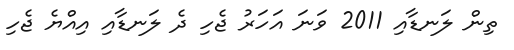
ތިން ލަނޑާއި 2011 ވަނަ އަހަރު ޖެހި ދެ ލަނޑާއި އިއްޔެ ޖެހި